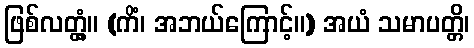
ဖြစ်လတ္တံ့။ (ကိံ၊ အဘယ်ကြောင့်။) အယံ သမာပတ္တိ၊